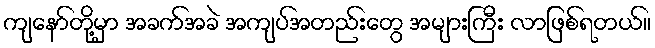
ကျနော်တို့မှာ အခက်အခဲ အကျပ်အတည်းတွေ အများကြီး လာဖြစ်ရတယ်။